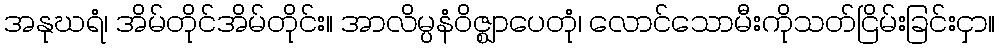
အနုဃရံ၊ အိမ်တိုင်အိမ်တိုင်း။ အာလိမ္ပနံဝိဇ္ဈာပေတုံ၊ လောင်သောမီးကိုသတ်ငြိမ်းခြင်းငှာ။